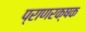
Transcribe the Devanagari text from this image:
प्राणरक्षक